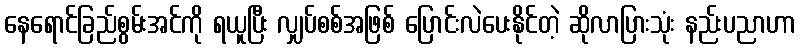
နေရောင်ခြည်စွမ်းအင်ကို ရယူပြီး လျှပ်စစ်အဖြစ် ပြောင်းလဲပေးနိုင်တဲ့ ဆိုလာပြားသုံး နည်းပညာဟာ